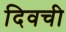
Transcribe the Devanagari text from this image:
दिवची